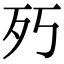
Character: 㱙